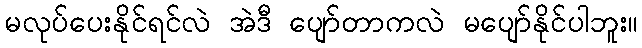
မလုပ်ပေးနိုင်ရင်လဲ အဲဒီ ပျော်တာကလဲ မပျော်နိုင်ပါဘူး။